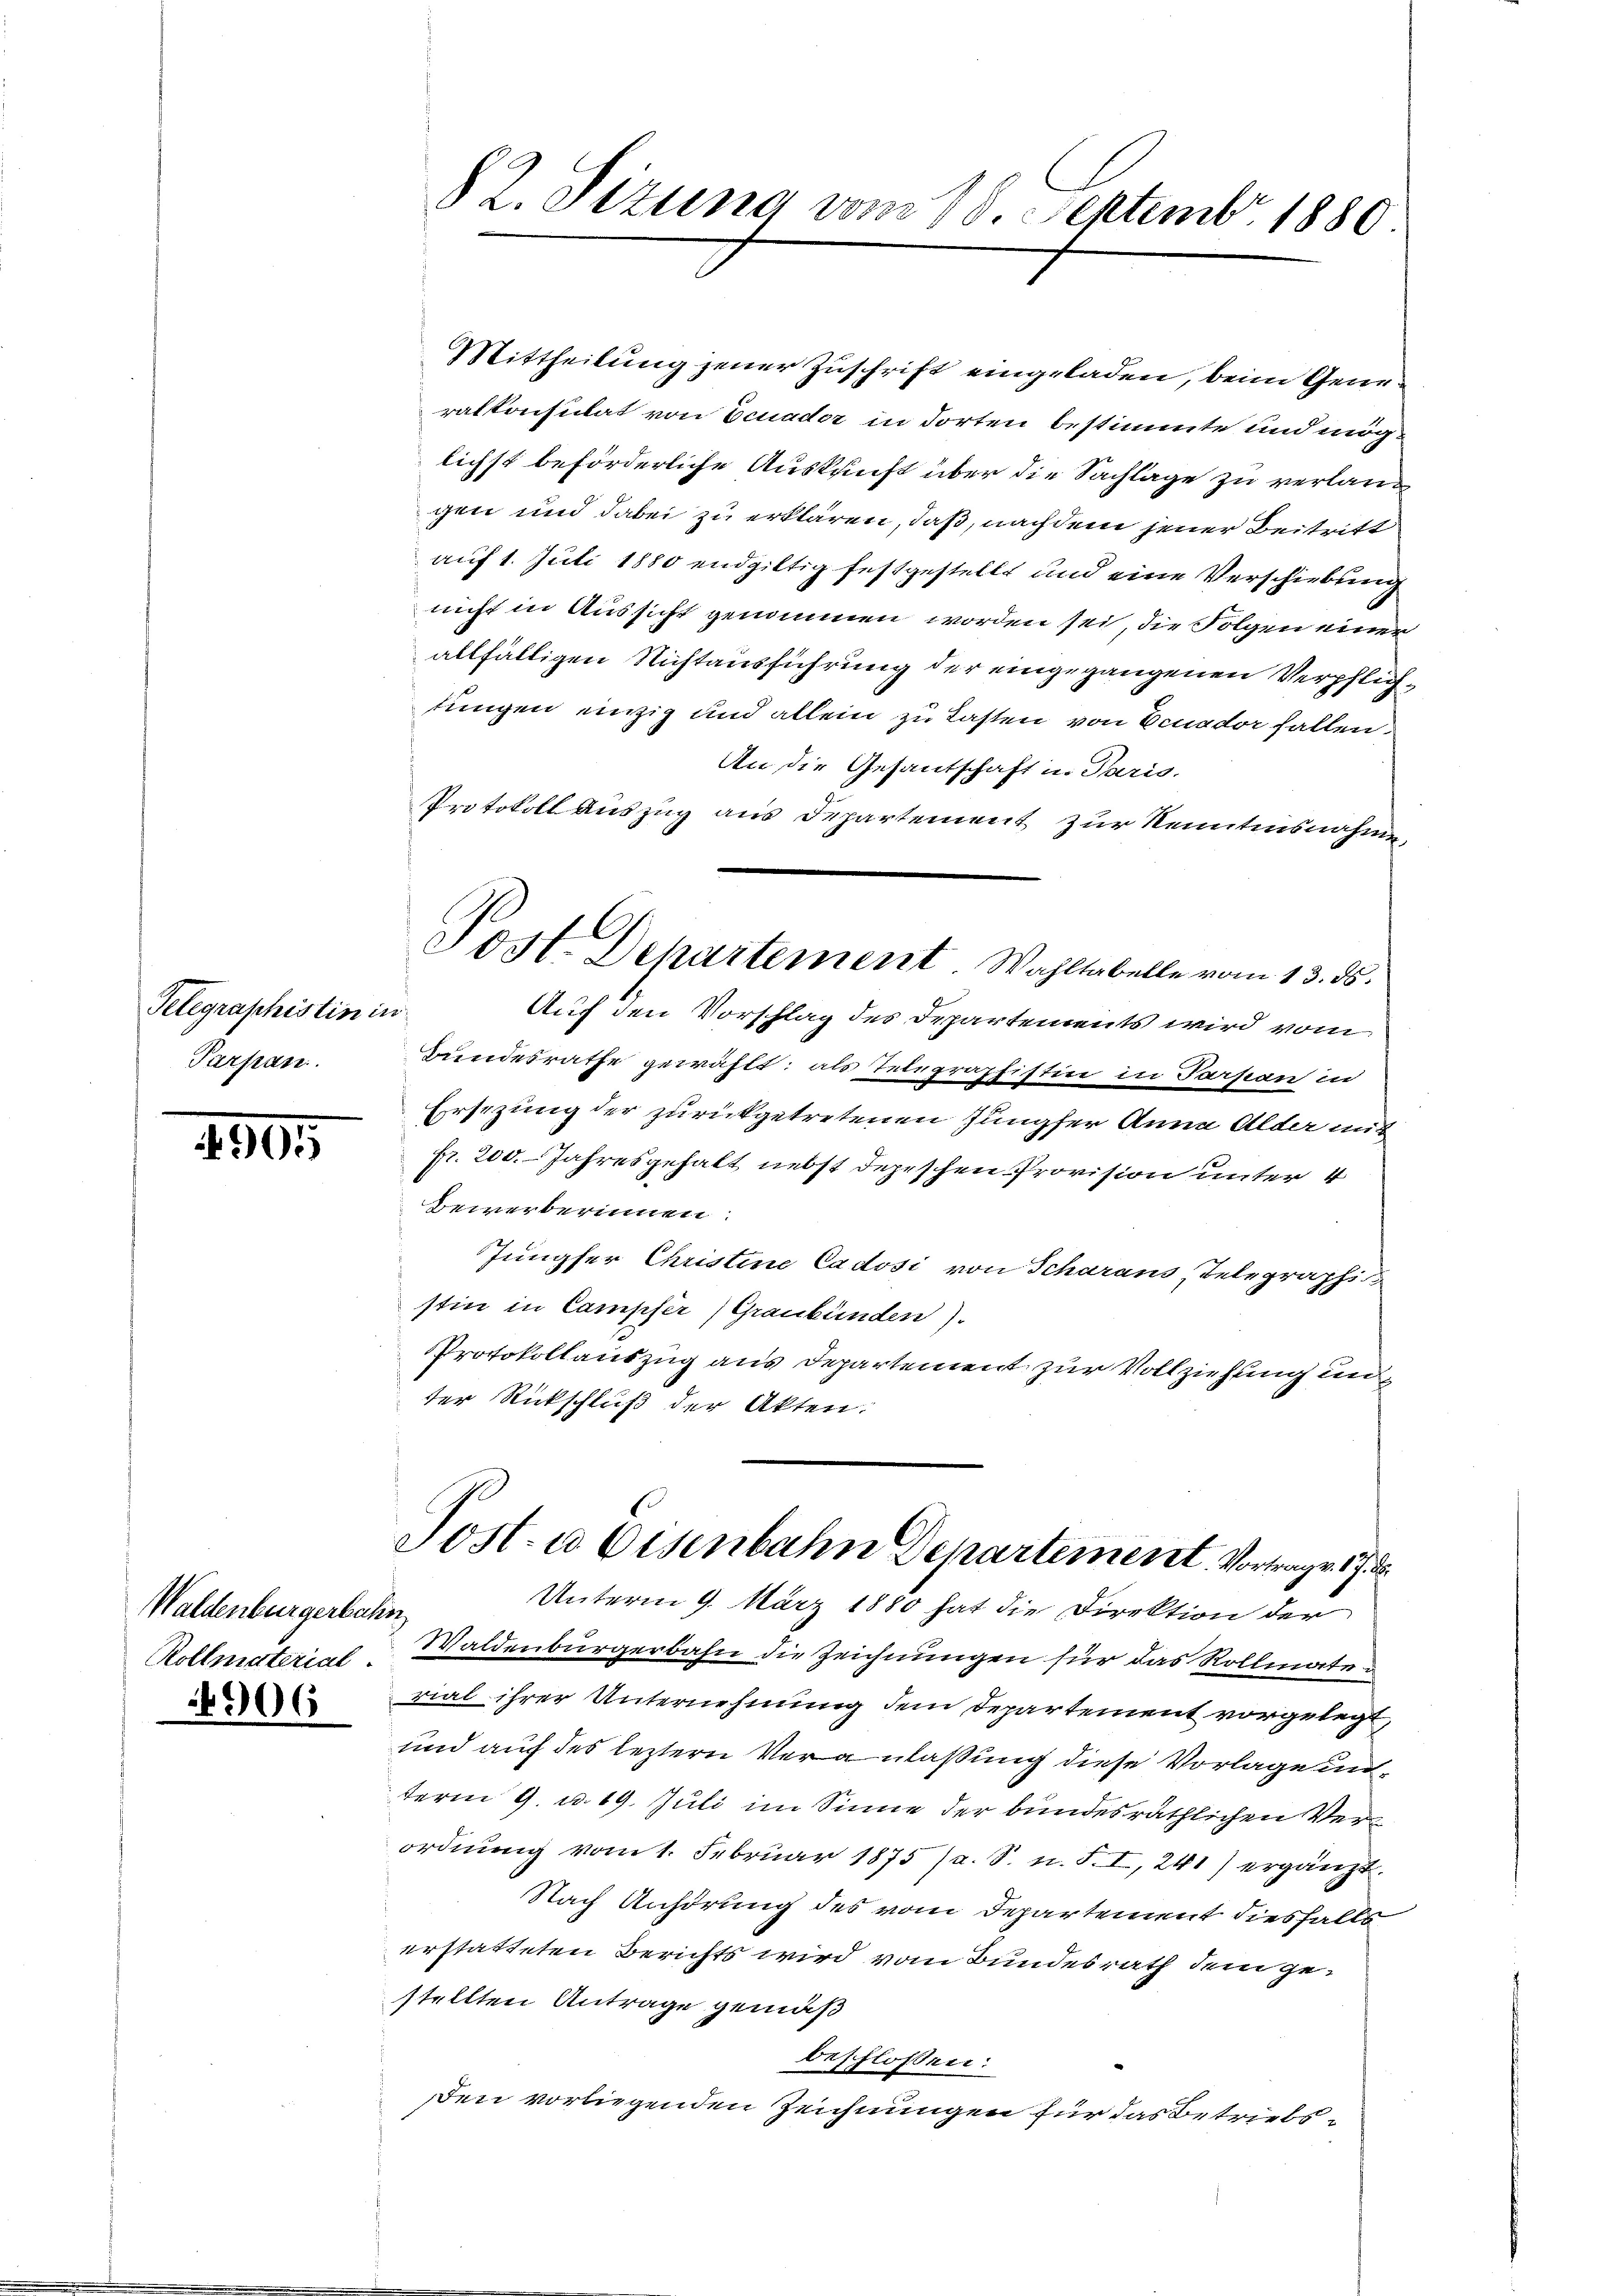
Telegraphistin in
Parpan

1505

Waldenburgerbahn
Rollmaterial.

4906

§ 2. Sizung vom 18. Septembr. 1880

Mittheilung jener Zuschrift eingeladen, beim Generatkonsulat von Ecuader in dorten bestimmte und möglichst beförderliche Auskunft über die Sachlage zu verlangen und dabei zu erklären, daß, nach dem jener Beitritt
auf 1. Juli 1880 endgiltig festgestellt und eine Verschiebung
nicht in Aussicht genommen worden sei, die Folgen einer
allfälligen Nichtausführung der eingegangenen Verpflichtungen einzig und allein zu Lasten von Benador fallen
An die Gesantschaft u. Paris.
Protokoll auszug aus Departement zur Kenntnisnahme
Post Departement Wahltabelle vom 13. ds.
Auch den Vorschlag des Departements wird vom
Bundesrathe gewählt; als Telegraphistin in Parpan in
Ersezung der zurückgetretenen Jungfer Anna Alder mit
pr. 200. Jahresgehalt nebst depeschen Provision unter 4
bewerberinnen.
Jungfer Christine Cadosi von Scharaus, Telegraphis
stin in Campfer, Graubünden).
Protokollauszug aus Departement zur Vollziehung un
ter Rückschluß der Akten.

Post. a Eisenbahn Departement. Vortrage. 172.
Unterm 9. März 1880 hat die Direktion der

Waldenbürgerbahn die Zeichnungen für das Rollmater
rial ihrer Unternehmung dem Departement vorgelegt,
und auf des leztern Veranlaßung diese Vorlage unterm 9. u. 19. Juli im Sinne der bundesräthlichen Verordnung vom 1. Februar 1875 /2. S. n. F. I, 241) ergänzt.
Nach Anhörung des vom Departement diesfalls
erstatteten Berichts wird vom Bundesrath dem gestellten Antrage gemäß
beschlossen:
Den vorliegenden Zeichnungen für das Betriebs¬